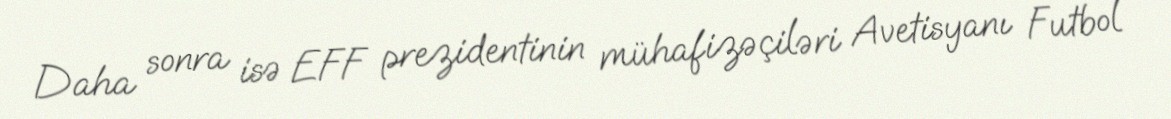
Daha sonra isə EFF prezidentinin mühafizəçiləri Avetisyanı Futbol